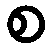
စ